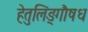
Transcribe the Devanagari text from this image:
हेतुलिङ्गौषध